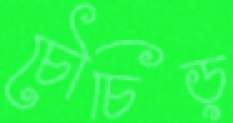
চৌচিড়